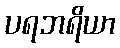
ပရဘရိယာ